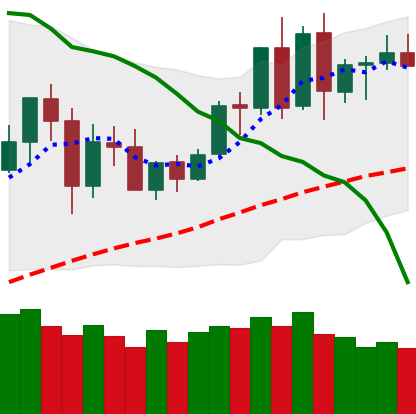
Ticker: BNB-USD
Chart end date: 2020-06-06
Forward return: -6.997%
Label: down_5_7